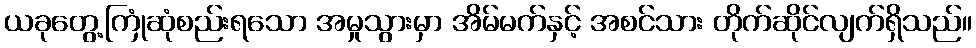
ယခုတွေ့ကြုံဆုံစည်းရသော အမှုသွားမှာ အိမ်မက်နှင့် အစင်သား တိုက်ဆိုင်လျက်ရှိသည်။